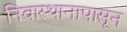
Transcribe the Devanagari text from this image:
निवास्थानापासून